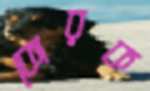
কোরক